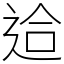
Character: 䢔